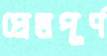
প্রেমপূর্ণ